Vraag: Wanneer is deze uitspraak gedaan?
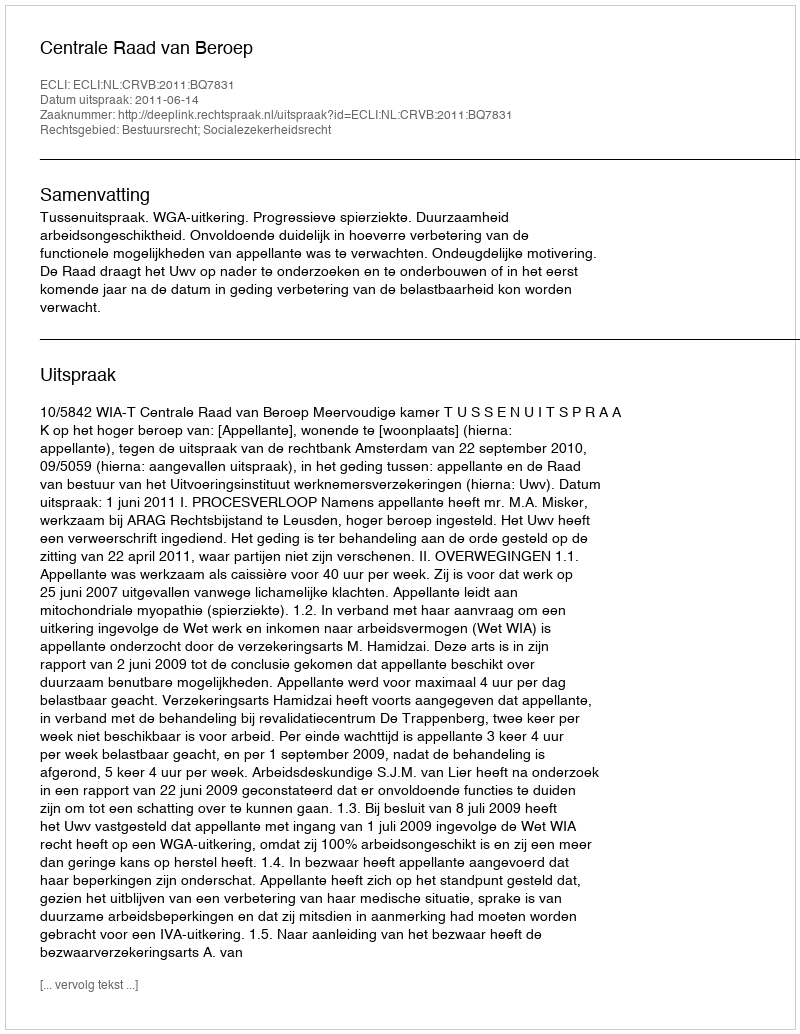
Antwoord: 2011-06-14